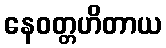
နေဝတ္တဟိတာယ